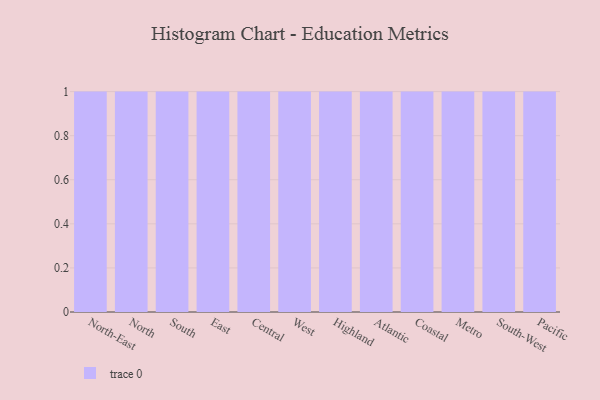
{"axis": {"x": "Region", "y": "Active Users"}, "legend": [""], "data": [{"x": "North-East", "y": 51, "type": ""}, {"x": "North", "y": 15, "type": ""}, {"x": "South", "y": 43, "type": ""}, {"x": "East", "y": 36, "type": ""}, {"x": "Central", "y": 91, "type": ""}, {"x": "West", "y": 65, "type": ""}, {"x": "Highland", "y": 17, "type": ""}, {"x": "Atlantic", "y": 10, "type": ""}, {"x": "Coastal", "y": 44, "type": ""}, {"x": "Metro", "y": 63, "type": ""}, {"x": "South-West", "y": 78, "type": ""}, {"x": "Pacific", "y": 89, "type": ""}]}